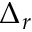
\Delta _ { r }